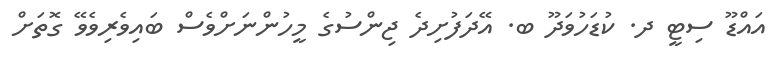
އައްޑޫ ސިޓީ ދ. ކުޑަހުވަދޫ ބ. އޭދަފުށިދެ ޖިންސުގެ މީހުންނަށްވެސް ބައިވެރިވެވޭ ގޮތަށް